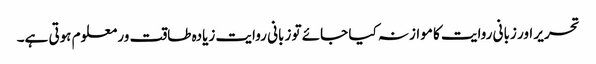
تحریر اور زبانی روایت کا موازنہ کیا جائے تو زبانی روایت زیادہ طاقت ور معلوم ہوتی ہے۔